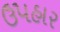
ઉ૫હાર